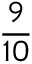
\frac { 9 } { 1 0 }